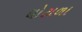
ઘોટાળા